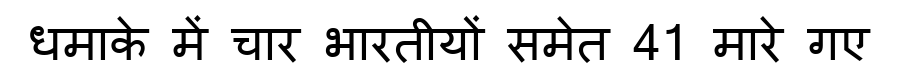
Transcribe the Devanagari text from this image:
धमाके में चार भारतीयों समेत 41 मारे गए